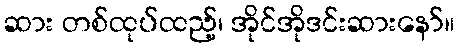
ဆား တစ်ထုပ်ထည့်၊ အိုင်အိုဒင်းဆားနော်။